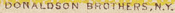
DONALDSON BROTHERS,N.Y.